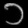
Digit: ၁